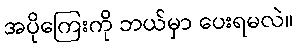
အပိုကြေးကို ဘယ်မှာ ပေးရမလဲ။